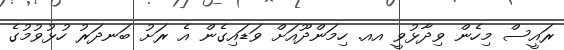
ރައީސް މިހެން ވިދާޅުވީ އއ. ހިމަންދޫއަށް ވަޑައިގެން އެ ރަށު ބަނދަރު ހުޅުވުމުގެ